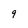
Character: 9